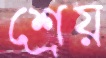
শ্রেয়